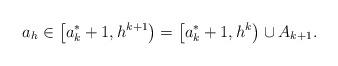
LaTeX: \begin{align*}a_h \in \left[ a_k^*+1,h^{k+1} \right) = \left[ a_k^*+1,h^k \right) \cup A_{k+1}.\end{align*}